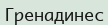
Гренадинес